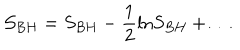
{ \cal S } _ { B H } = S _ { B H } - \frac { 1 } { 2 } \mathrm { l n } S _ { B H } + \ldots